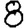
Digit: 8